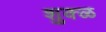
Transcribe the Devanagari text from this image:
शुक्ळ